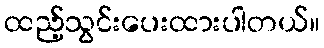
ထည့်သွင်းပေးထားပါတယ်။